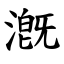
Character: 漑